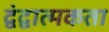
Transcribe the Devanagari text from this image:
द्वंद्वात्मकता